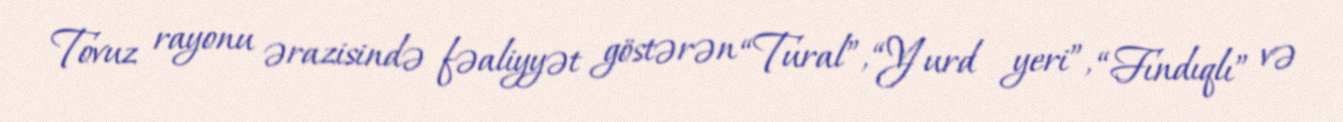
Tovuz rayonu ərazisində fəaliyyət göstərən “Tural”, “Yurd yeri”, “Fındıqlı” və